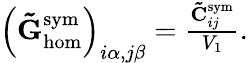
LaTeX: \begin{array}{r}{\left(\mathbf{\tilde{G}}_{\mathrm{hom}}^{\mathrm{sym}}\right)_{i\alpha,j\beta}=\frac{\mathbf{\tilde{C}}_{ij}^{\mathrm{sym}}}{V_{1}}.}\end{array}